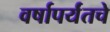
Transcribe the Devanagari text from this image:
वर्षापर्यंतचे